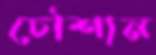
চৌশান